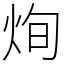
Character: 㶷